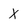
Character: X